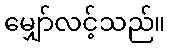
မျှော်လင့်သည်။